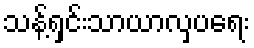
သန့်ရှင်းသာယာလှပရေး